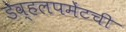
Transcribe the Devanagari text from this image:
डेव्हलपमेंटची